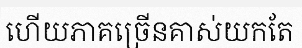
ហើយភាគច្រើនគាស់យកតែ